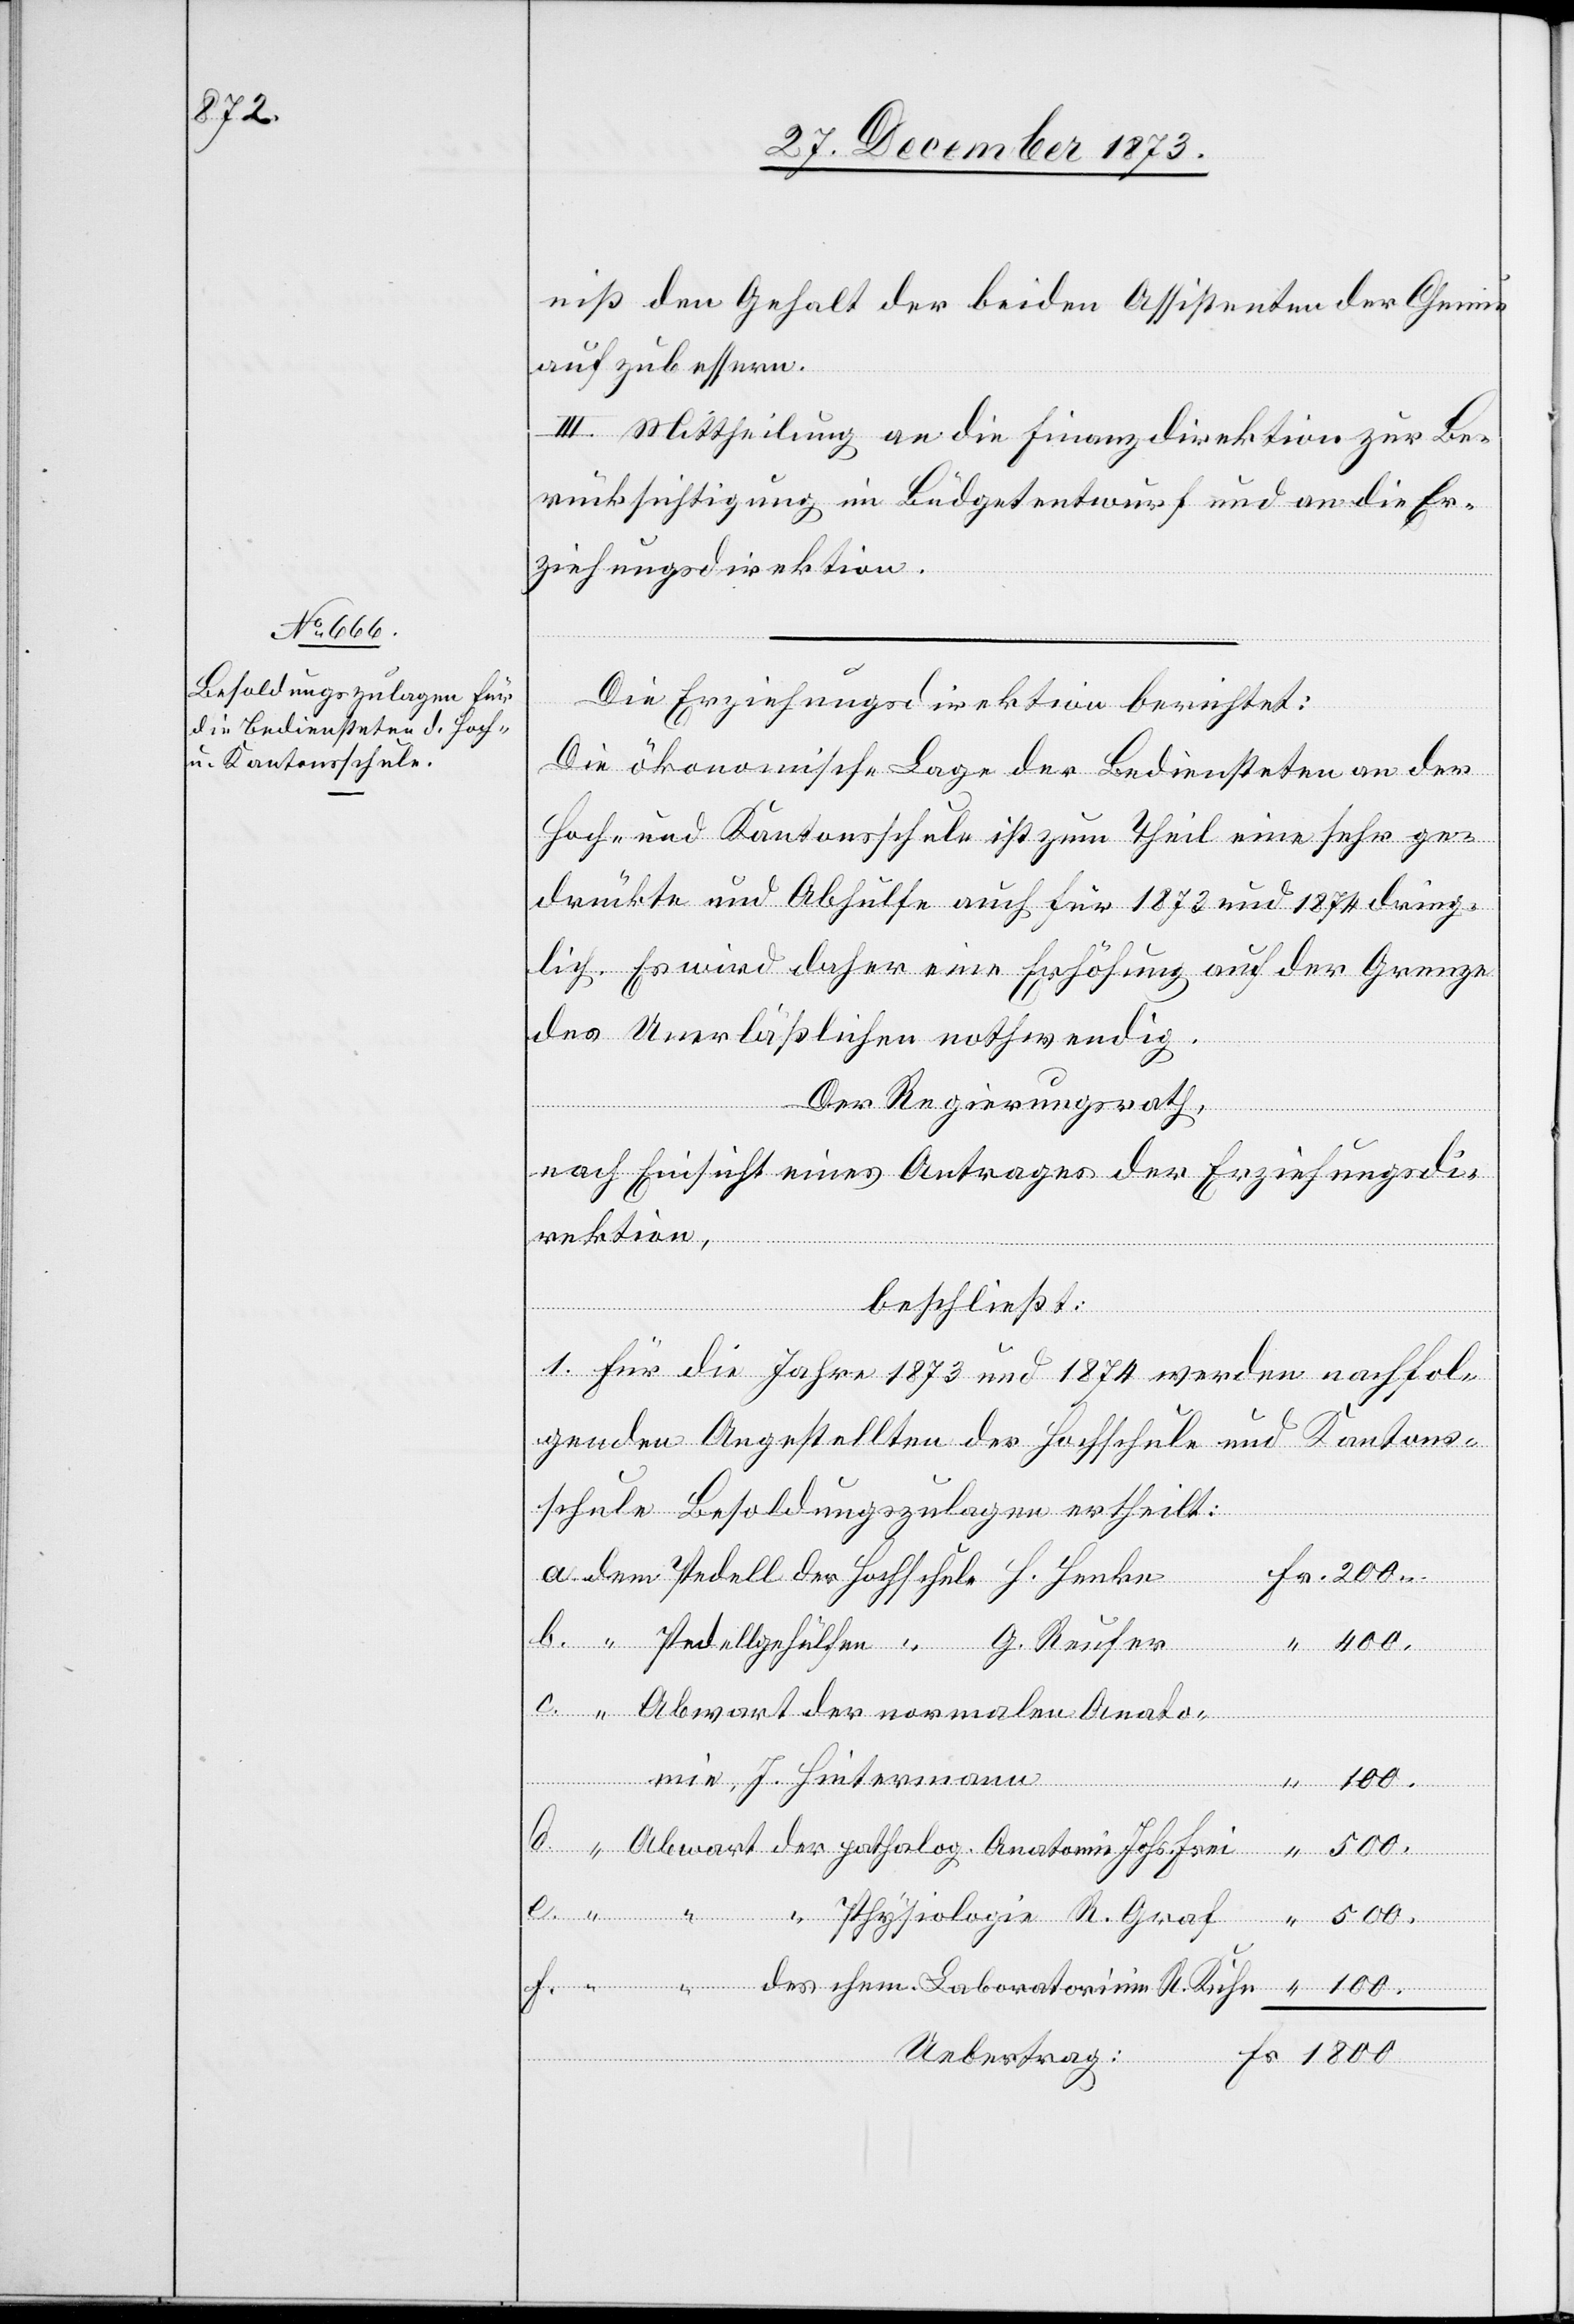
ium R.

niß den Gehalt der beiden Assistenten der Chemie
aufzubessern.
III. Mittheilung an die Finanzdirektion zur Be¬
rücksichtigung im Büdgetentwurf und an die Er¬
ziehungsdirektion.
Die Erziehungsdirektion berichtet:
Die ökonomische Lage der Bediensteten an der
Hoch- und Kantonsschule ist zum Theil eine sehr ge¬
drückte und Abhülfe auch für 1872 und 1874 dring¬
lich. Es wird daher eine Erhöhung auf der Grenze
des Unerläßlichen nothwendig.
Der Regierungsrath,
nach Einsicht eines Antrages der Erziehungsdi¬
rektion,
omie
beschließt:
Kuhn
1. Für die Jahre 1873 und 1874 werden nachfol¬
genden Angestellten der Hochschule und Kantons¬
schule Besoldungszulagen ertheilt:
ellgehülfen
Abwart der normalen Anato¬
des
mie, J. Hintermann
100.
f.